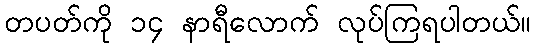
တပတ်ကို ၁၄ နာရီလောက် လုပ်ကြရပါတယ်။